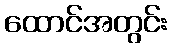
ထောင်အတွင်း